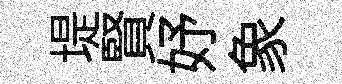
堤賢妤象